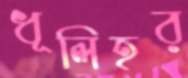
ধূলিহর